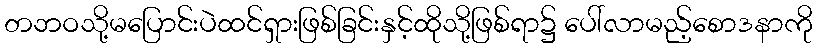
တဘဝသို့မပြောင်းပဲထင်ရှားဖြစ်ခြင်းနှင့်ထိုသို့ဖြစ်ရာ၌ ပေါ်လာမည့်စောဒနာကို